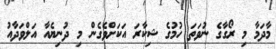
މާދަމާ މި ރޯގާގެ ނުވަތަ ހުމުގެ ޝިކާރަ އަކަށްވެގެން މި ދުނިޔެއާ އަލްވަދާއު